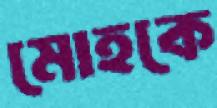
মোহকে